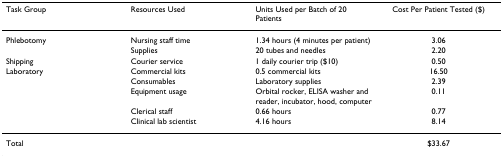
| Task Group | Resources Used | Units Used per Batch of 20 Patients | Cost Per Patient Tested ($) |
 | --- | --- | --- | --- |
 | Phlebotomy | Nursing staff time | 1.34 hours (4 minutes per patient) | 3.06 |
 |  | Supplies | 20 tubes and needles | 2.20 |
 | Shipping | Courier service | 1 daily courier trip ($10) | 0.50 |
 | Laboratory | Commercial kits | 0.5 commercial kits | 16.50 |
 |  | Consumables | Laboratory supplies | 2.39 |
 |  | Equipment usage | Orbital rocker, ELISA washer and reader, incubator, hood, computer | 0.11 |
 |  | Clerical staff | 0.66 hours | 0.77 |
 |  | Clinical lab scientist | 4.16 hours | 8.14 |
 | Total |  |  | $33.67 |